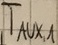
Text: TAUX,1